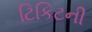
ટિકિટની